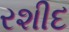
રશીદ